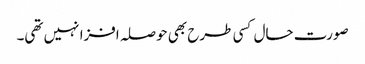
صورت حال کسی طرح بھی حوصلہ افزا نہیں تھی۔